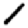
Digit: 1